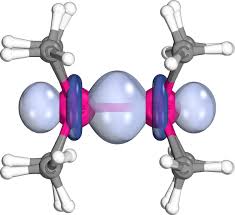
iboview, orbital